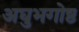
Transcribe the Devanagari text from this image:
अघुभगोष्ठ